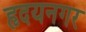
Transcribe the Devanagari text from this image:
हृदयनगर